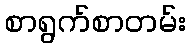
စာရွက်စာတမ်း